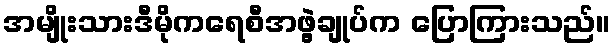
အမျိုးသားဒီမိုကရေစီအဖွဲ့ချုပ်က ပြောကြားသည်။